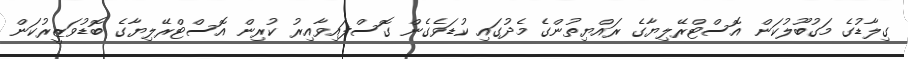
ގިލާޑުގެ މަގުބޫލުކަން އޮސްޓްރޭލިޔާގެ ރައްޔިތުންގެ މެދުގައި ކުޑަވެގެން ގޮސްފައިވާއިރު ކުރިން އޮސްޓްރޭލިޔާގެ ބޮޑުވަޒީރުކަން